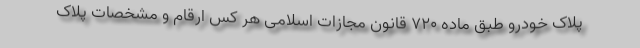
پلاک خودرو طبق ماده ۷۲۰ قانون مجازات اسلامی هر کس ارقام و مشخصات پلاک